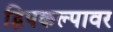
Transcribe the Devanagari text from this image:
द्विपकल्पावर